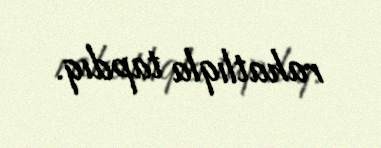
rahatlıqla tapdıq.